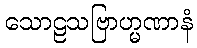
သောဠသဗြာဟ္မဏာနံ